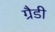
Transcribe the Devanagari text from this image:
ग्रैडी